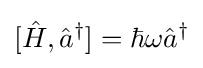
[{\hat {H}},{\hat {a}}^{\dagger }]=\hbar \omega {\hat {a}}^{\dagger }